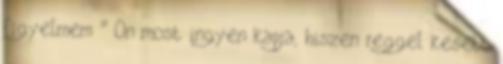
figyelmem " On most ingyen kapja, hiszen reggel kesett